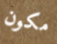
مكون